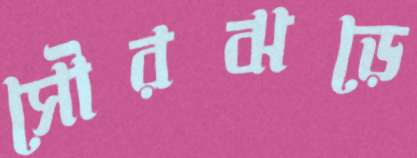
সৌরঝড়ে